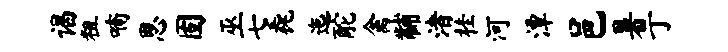
谒粗喃思固巫七毳迤酡禽黼渚桂河潭邑暑亍